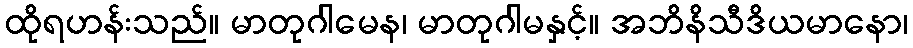
ထိုရဟန်းသည်။ မာတုဂါမေန၊ မာတုဂါမနှင့်။ အဘိနိသီဒိယမာနော၊